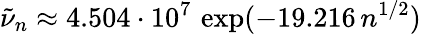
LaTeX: \tilde{\nu}_{n}\approx 4.504\cdot 10^{7}\, \exp(-19.216\, n^{1/2})